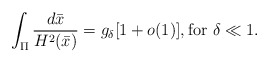
\begin{align*}\int_{\Pi}\frac{d\bar{x}}{H^2(\bar{x})}=g_\delta[1+o(1)], \mbox{for } \delta\ll 1.\end{align*}